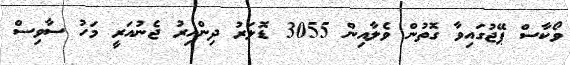
ވޯކާސް ޕޭޖުގައިވާ ގޮތުން ވެލާއިން 3055 ޑޮލަރު ދިންއިރު ޖެނުއަރީ މަހު ސާވިސް